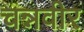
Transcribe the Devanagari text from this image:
चन्नवीर